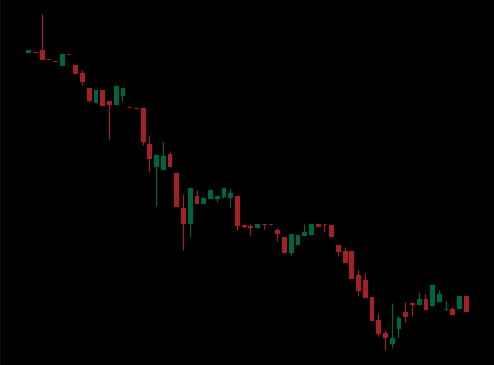
Pattern: bull_flag